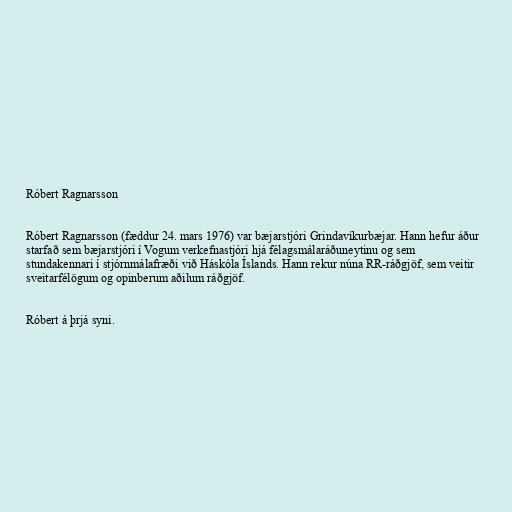
Róbert Ragnarsson

Róbert Ragnarsson (fæddur 24. mars 1976) var bæjarstjóri Grindavíkurbæjar. Hann hefur áður
starfað sem bæjarstjóri í Vogum verkefnastjóri hjá félagsmálaráðuneytinu og sem
stundakennari í stjórnmálafræði við Háskóla Íslands. Hann rekur núna RR-ráðgjöf, sem veitir
sveitarfélögum og opinberum aðilum ráðgjöf.

Róbert á þrjá syni.